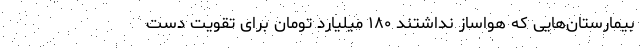
بیمارستان‌هایی که هواساز نداشتند ۱۸۰ میلیارد تومان برای تقویت دست